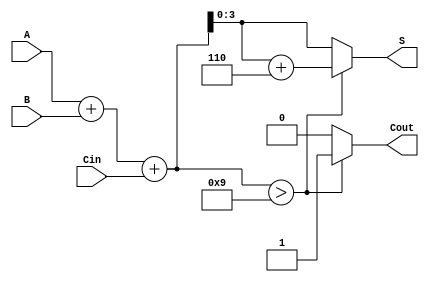
module BCD_Hybrid_Adder (
    input [3:0] A,      // 4-bit BCD input A
    input [3:0] B,      // 4-bit BCD input B
    input Cin,          // Carry-in input
    output reg [3:0] S, // 4-bit BCD output S
    output reg Cout     // Carry-out output
);

    wire [4:0] Sum;     // 5-bit sum to accommodate carry
    wire correction;     // Flag for correction needed

    // Binary addition of A, B and Cin
    assign Sum = A + B + Cin;

    // Determine if correction is needed (if Sum > 9)
    assign correction = Sum > 5'b01001; // 9 in binary

    always @(*) begin
        if (correction) begin
            S = Sum + 5'b00110; // Add 6 (0110 in binary)
            Cout = 1;           // Set carry-out
        end else begin
            S = Sum[3:0];       // Take the lower 4 bits
            Cout = 0;           // No carry-out
        end
    end

endmodule